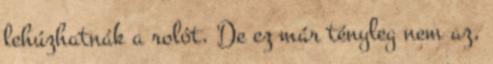
lehúzhatnák a rolót. De ez már tényleg nem az,